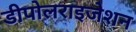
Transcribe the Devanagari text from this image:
डीपोलराइजेशन